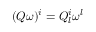
( Q \omega ) ^ { i } = Q _ { l } ^ { i } \omega ^ { l }